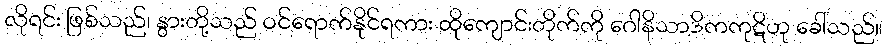
လိုရင်း ဖြစ်သည်၊ နွားတို့သည် ဝင်ရောက်နိုင်ရကား ထိုကျောင်းတိုက်ကို ဂေါနိသာဒိကကုဋိဟု ခေါ်သည်။